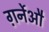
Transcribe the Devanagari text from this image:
ग़र्नेऔ